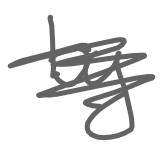
Text: by
Cross-out: scratch
Writing tool: digital_gray